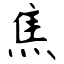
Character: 焦